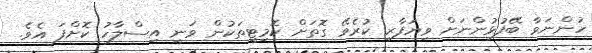
ހުންނަވާ ބޭފުޅުންނަށް ވިޔަފާރި ކުރެވޭ ގޮތަށް ކޮމިޓީތަކުން ވަނީ އިސްލާހު ކޮށްފަ އެވެ.